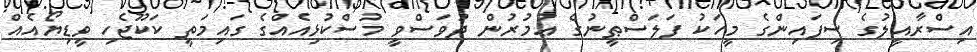
އިސްރާއީލުގެ ސިފައިންގެ މީހަކު ފަލަސްޠީނުގެ ޢުމުރުން ދުވަސްވީ މުސްކުޅިއެއްގެ ގައިމަތީ ކަކޫޖެހި ވީޑިޔޯއެއް